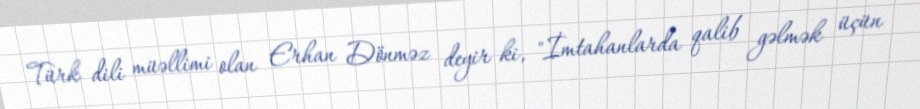
Türk dili müəllimi olan Erhan Dönməz deyir ki, "İmtahanlarda qalib gəlmək üçün